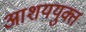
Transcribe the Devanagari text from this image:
आशययुक्त